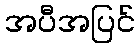
အပီအပြင်